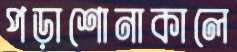
পড়াশোনাকালে